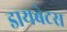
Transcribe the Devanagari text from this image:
डायबेटस